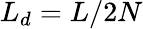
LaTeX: L_{d}=L/2N